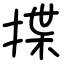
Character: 揲